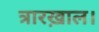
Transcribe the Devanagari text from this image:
त्रारख़ाल।